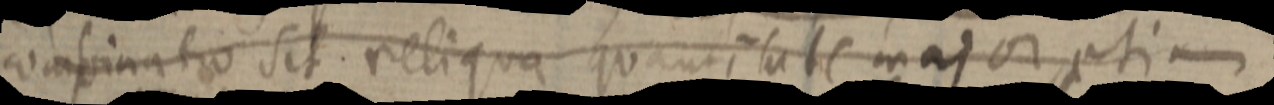
combinatio sit. reliqua quantitate major etiam